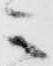
其